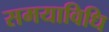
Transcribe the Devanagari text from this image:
समयाविधि